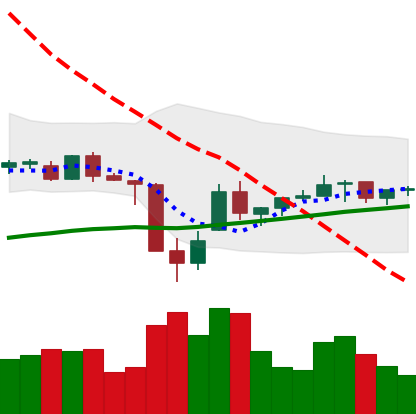
Ticker: TRX-USD
Chart end date: 2021-07-03
Forward return: -8.518%
Label: down_7plus